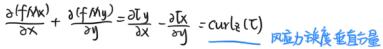
$\frac{\partialf(x)}{\partialx}+\frac{\partialf(y)}{\partialy}=\frac{\partialT_y}{\partialx}-\frac{\partialT_x}{\partialy}=\mathrm{curl}_z\mathbf{T}$(风应力旋度垂直分量)